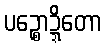
ပဉ္စောဍ္ဍိတော